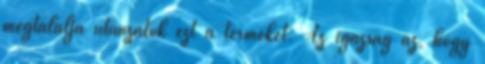
megtalálja utánzatok ezt a terméket. Az igazság az, hogy